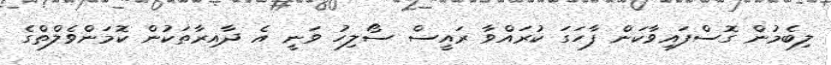
ލިބެމުން ގޮސްފައިވާކަން ފާހަގަ ކުރައްވާ ރައީސް ސޯލިހު ވަނީ އެ ދާއިރާތަކުން ކޮމަންވެލްތްގެ